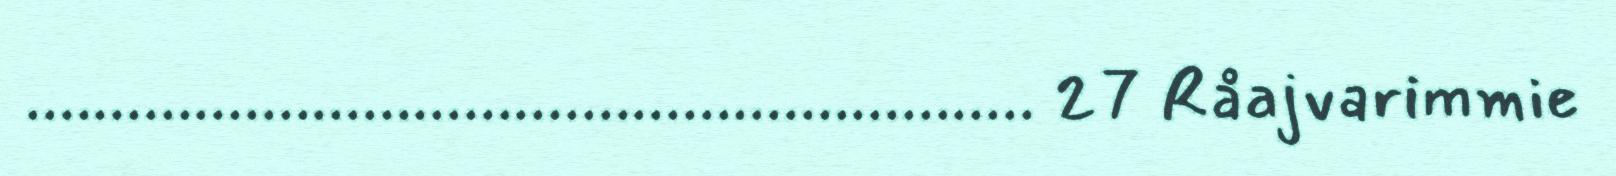
............................................................ 27 Råajvarimmie